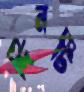
দিনটি